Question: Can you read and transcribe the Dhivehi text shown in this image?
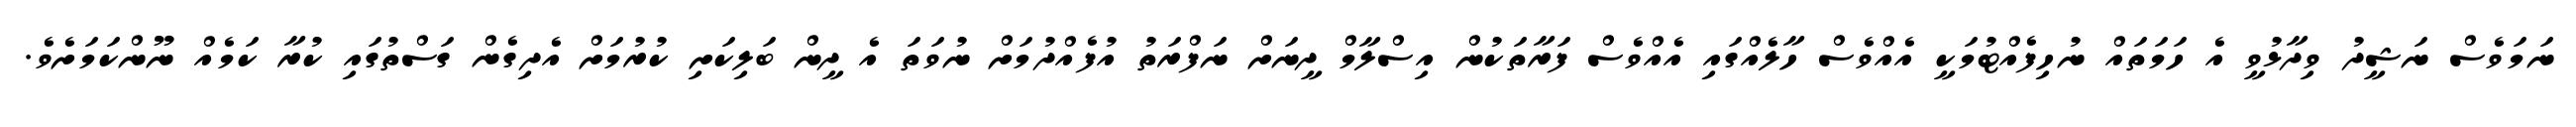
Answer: ނަމަވެސް ނަޝީދު ވިދާޅުވީ އެ ހަމަތައް ނުހިފެއްޓުމަކީ އެއްވެސް ހާލެއްގައި އެއްވެސް ފަރާތަކުން އިސްލާމް ދީނަށް ނަފްރަތު އުފެއްދުމަށް ނުވަތަ އެ ދީން ބަލިކަށި ކުރުމަށް އެދިގެން ގަސްތުގައި ކުރާ ކަމެއް ނޫންކަމަށެވެ.